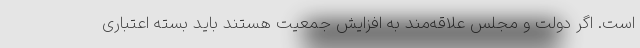
است. اگر دولت و مجلس علاقه‌مند به افزایش جمعیت هستند باید بسته اعتباری